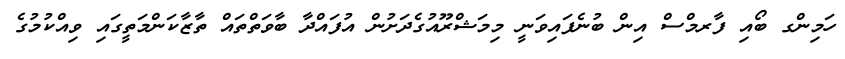
ހަމިންގ ބޯއި ފާރމްސް އިން ބުނެފައިވަނީ މިމަޝްރޫއުގެދަށުން އުފައްދާ ބާވަތްތައް ތާޒާކަންމަތީގައި ވިއްކުމުގެ